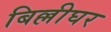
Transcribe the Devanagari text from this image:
बिल्लीघर